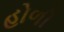
હોળી